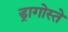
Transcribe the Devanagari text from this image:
ड्रागोस्ते